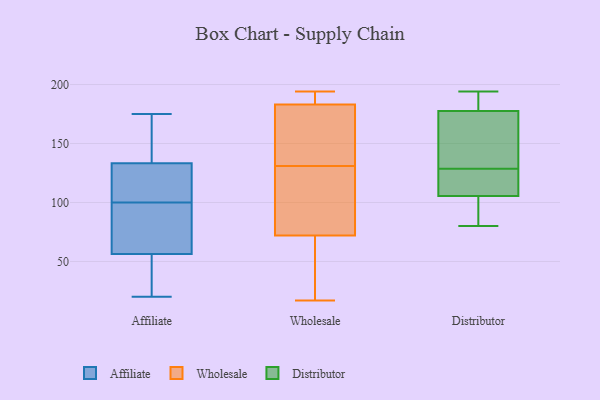
{"axis": {"x": "Active Users", "y": "Value"}, "legend": ["Affiliate", "Distributor", "Wholesale"], "data": [{"x": "", "y": 165, "type": "Affiliate"}, {"x": "", "y": 60, "type": "Affiliate"}, {"x": "", "y": 137, "type": "Affiliate"}, {"x": "", "y": 100, "type": "Affiliate"}, {"x": "", "y": 160, "type": "Affiliate"}, {"x": "", "y": 45, "type": "Affiliate"}, {"x": "", "y": 44, "type": "Affiliate"}, {"x": "", "y": 20, "type": "Affiliate"}, {"x": "", "y": 65, "type": "Affiliate"}, {"x": "", "y": 34, "type": "Affiliate"}, {"x": "", "y": 122, "type": "Affiliate"}, {"x": "", "y": 132, "type": "Affiliate"}, {"x": "", "y": 98, "type": "Affiliate"}, {"x": "", "y": 63, "type": "Affiliate"}, {"x": "", "y": 112, "type": "Affiliate"}, {"x": "", "y": 113, "type": "Affiliate"}, {"x": "", "y": 175, "type": "Affiliate"}, {"x": "", "y": 105, "type": "Wholesale"}, {"x": "", "y": 153, "type": "Wholesale"}, {"x": "", "y": 118, "type": "Wholesale"}, {"x": "", "y": 186, "type": "Wholesale"}, {"x": "", "y": 194, "type": "Wholesale"}, {"x": "", "y": 55, "type": "Wholesale"}, {"x": "", "y": 183, "type": "Wholesale"}, {"x": "", "y": 17, "type": "Wholesale"}, {"x": "", "y": 144, "type": "Wholesale"}, {"x": "", "y": 72, "type": "Wholesale"}, {"x": "", "y": 113, "type": "Distributor"}, {"x": "", "y": 190, "type": "Distributor"}, {"x": "", "y": 184, "type": "Distributor"}, {"x": "", "y": 194, "type": "Distributor"}, {"x": "", "y": 128, "type": "Distributor"}, {"x": "", "y": 129, "type": "Distributor"}, {"x": "", "y": 107, "type": "Distributor"}, {"x": "", "y": 98, "type": "Distributor"}, {"x": "", "y": 104, "type": "Distributor"}, {"x": "", "y": 171, "type": "Distributor"}, {"x": "", "y": 152, "type": "Distributor"}, {"x": "", "y": 80, "type": "Distributor"}]}